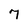
Character: 7